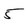
Character: 5